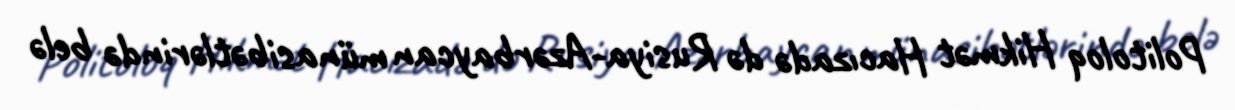
Politoloq Hikmət Hacızadə də Rusiya-Azərbaycan münasibətlərində belə